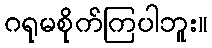
ဂရုမစိုက်ကြပါဘူး။